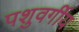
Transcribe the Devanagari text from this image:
पशुवर्गीय